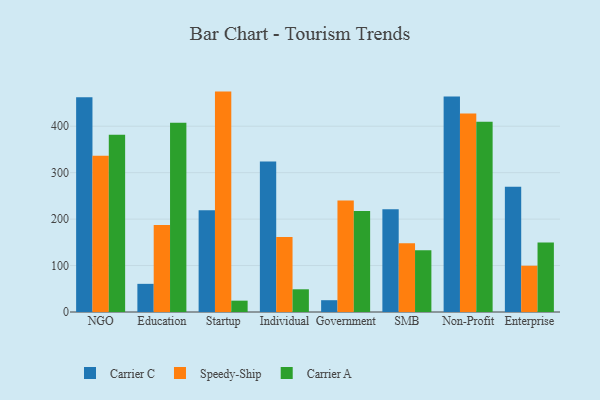
{"axis": {"x": "Segment", "y": "Satisfaction Score"}, "legend": ["Carrier A", "Carrier C", "Speedy-Ship"], "data": [{"x": "NGO", "y": 462.6, "type": "Carrier C"}, {"x": "NGO", "y": 336.2, "type": "Speedy-Ship"}, {"x": "NGO", "y": 381.8, "type": "Carrier A"}, {"x": "Education", "y": 60.6, "type": "Carrier C"}, {"x": "Education", "y": 187.5, "type": "Speedy-Ship"}, {"x": "Education", "y": 407.6, "type": "Carrier A"}, {"x": "Startup", "y": 218.8, "type": "Carrier C"}, {"x": "Startup", "y": 474.5, "type": "Speedy-Ship"}, {"x": "Startup", "y": 24.4, "type": "Carrier A"}, {"x": "Individual", "y": 324.2, "type": "Carrier C"}, {"x": "Individual", "y": 161.5, "type": "Speedy-Ship"}, {"x": "Individual", "y": 48.9, "type": "Carrier A"}, {"x": "Government", "y": 25.4, "type": "Carrier C"}, {"x": "Government", "y": 240.3, "type": "Speedy-Ship"}, {"x": "Government", "y": 217.2, "type": "Carrier A"}, {"x": "SMB", "y": 221.0, "type": "Carrier C"}, {"x": "SMB", "y": 148.2, "type": "Speedy-Ship"}, {"x": "SMB", "y": 132.9, "type": "Carrier A"}, {"x": "Non-Profit", "y": 463.7, "type": "Carrier C"}, {"x": "Non-Profit", "y": 427.1, "type": "Speedy-Ship"}, {"x": "Non-Profit", "y": 409.7, "type": "Carrier A"}, {"x": "Enterprise", "y": 269.4, "type": "Carrier C"}, {"x": "Enterprise", "y": 99.6, "type": "Speedy-Ship"}, {"x": "Enterprise", "y": 149.6, "type": "Carrier A"}]}